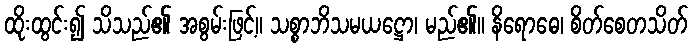
ထိုးထွင်း၍ သိသည်၏ အစွမ်းဖြင့်။ သစ္စာဘိသမယဋ္ဌော၊ မည်၏။ နိရောဓေ၊ စိတ်စေတသိတ်